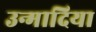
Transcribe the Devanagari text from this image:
उन्मादिया